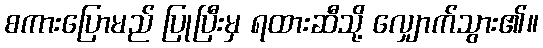
စကားပြောမည် ပြုပြီးမှ ရထားဆီသို့ လျှောက်သွား၏။